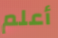
أعلم